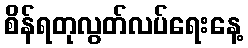
စိန်ရတုလွတ်လပ်ရေးနေ့